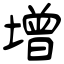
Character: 增